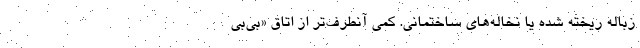
زباله ریخته شده یا نخاله‌های ساختمانی. کمی آنطرف‌تر از اتاق «بی‌بی